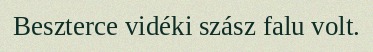
Beszterce vidéki szász falu volt.